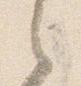
之